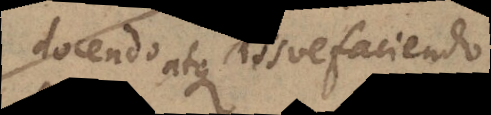
docendo atque assuefaciendo,